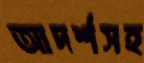
আদর্শসহ